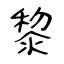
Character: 黎